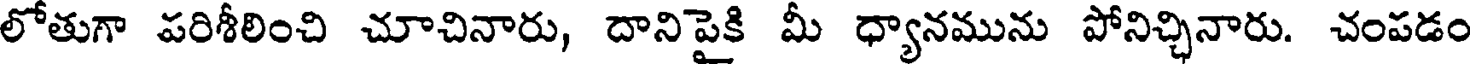
లోతుగా పరిశీలించి చూచినారు, దానిపైకి మీ ధ్యానమును పోనిచ్చినారు. చంపడం